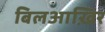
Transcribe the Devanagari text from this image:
बिलआख़िर